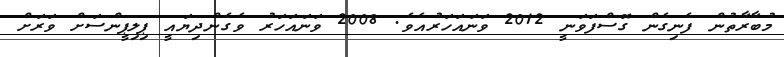
މުބާރާތުން ފެނިގެން ގޮސްފަވަނީ 2012 ވަނައަހަރުއެވެ. 2008 ވަނައަހަރު ވެގެންދިޔައީ ޕިލިޕީންސަށް ވަރަށް